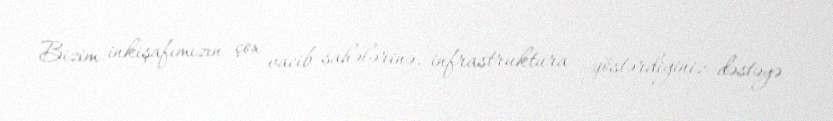
Bizim inkişafımızın çox vacib sahələrinə, infrastruktura göstərdiyiniz dəstəyə